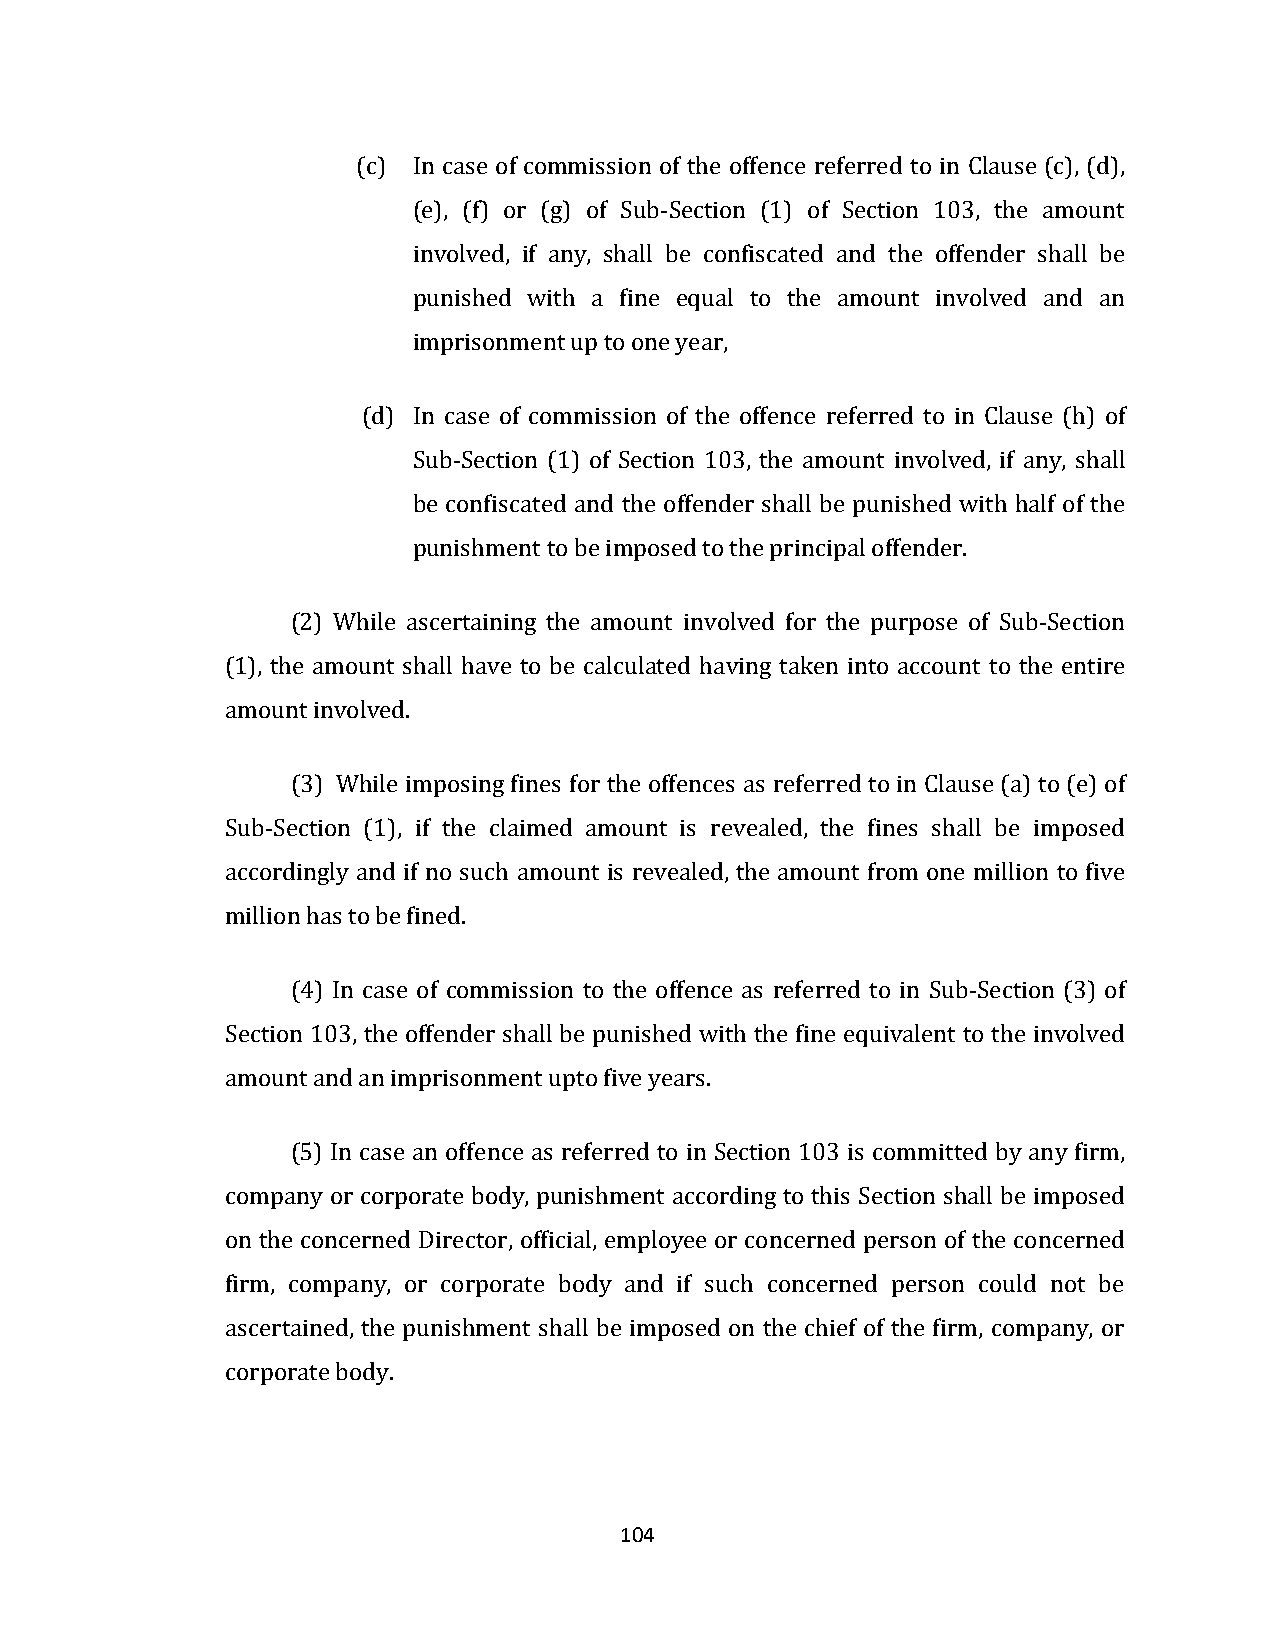
(c) In case of commission of the offence referred to in Clause (c), (d),
 (e), (f) or (g) of Sub-Section (1) of Section 103, the amount
 involved, if any, shall be confiscated and the offender shall be
 punished with a fine equal to the amount involved and an
 imprisonment up to one year,
 (d) In case of commission of the offence referred to in Clause (h) of
 Sub-Section (1) of Section 103, the amount involved, if any, shall
 be confiscated and the offender shall be punished with half of the
 punishment to be imposed to the principal offender.
 (2) While ascertaining the amount involved for the purpose of Sub-Section
 (1), the amount shall have to be calculated having taken into account to the entire
 amount involved.
 (3) While imposing fines for the offences as referred to in Clause (a) to (e) of
 Sub-Section (1), if the claimed amount is revealed, the fines shall be imposed
 accordingly and if no such amount is revealed, the amount from one million to five
 million has to be fined.
 (4) In case of commission to the offence as referred to in Sub-Section (3) of
 Section 103, the offender shall be punished with the fine equivalent to the involved
 amount and an imprisonment upto five years.
 (5) In case an offence as referred to in Section 103 is committed by any firm,
 company or corporate body, punishment according to this Section shall be imposed
 on the concerned Director, official, employee or concerned person of the concerned
 firm, company, or corporate body and if such concerned person could not be
 ascertained, the punishment shall be imposed on the chief of the firm, company, or
 corporate body.
 104